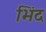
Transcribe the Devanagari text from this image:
भिंद